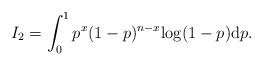
LaTeX: \begin{align*}I_2 =\int_0^1 p^x (1-p)^{n-x} {\rm log} (1-p) {\rm d} p.\end{align*}